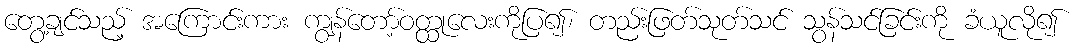
တွေ့ချင်သည့် အကြောင်းကား ကျွန်တော့်ဝတ္ထုလေးကိုပြ၍၊ တည်းဖြတ်သုတ်သင် သွန်သင်ခြင်းကို ခံယူလို၍